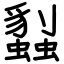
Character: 蠫